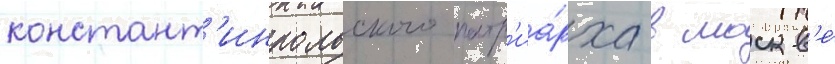
констант'инпольского патр'иа́рха в москв'е́